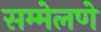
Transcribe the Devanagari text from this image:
सम्मेलणे